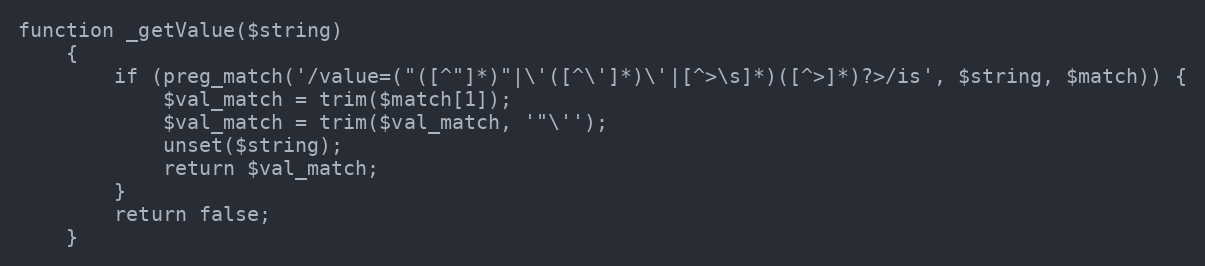
Language: PHP
function _getValue($string)
	{
		if (preg_match('/value=("([^"]*)"|\'([^\']*)\'|[^>\s]*)([^>]*)?>/is', $string, $match)) {
			$val_match = trim($match[1]);
			$val_match = trim($val_match, '"\'');
			unset($string);
			return $val_match;
		}
		return false;
	}